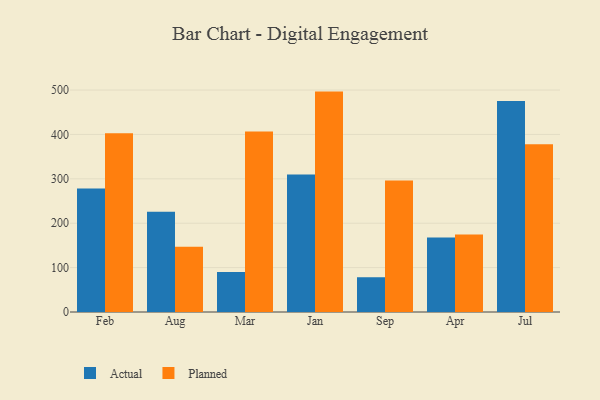
{"axis": {"x": "Month", "y": "Humidity (%)"}, "legend": ["Actual", "Planned"], "data": [{"x": "Feb", "y": 278.3, "type": "Actual"}, {"x": "Feb", "y": 402.5, "type": "Planned"}, {"x": "Aug", "y": 225.6, "type": "Actual"}, {"x": "Aug", "y": 147.2, "type": "Planned"}, {"x": "Mar", "y": 90.0, "type": "Actual"}, {"x": "Mar", "y": 406.7, "type": "Planned"}, {"x": "Jan", "y": 309.6, "type": "Actual"}, {"x": "Jan", "y": 496.5, "type": "Planned"}, {"x": "Sep", "y": 78.3, "type": "Actual"}, {"x": "Sep", "y": 296.5, "type": "Planned"}, {"x": "Apr", "y": 167.9, "type": "Actual"}, {"x": "Apr", "y": 174.6, "type": "Planned"}, {"x": "Jul", "y": 475.6, "type": "Actual"}, {"x": "Jul", "y": 377.8, "type": "Planned"}]}